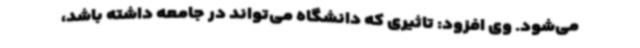
می‌شود. وی افزود: تاثیری که دانشگاه می‌تواند در جامعه داشته باشد،